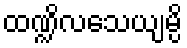
ထဏ္ဍိလသေယျမ္ပိ